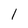
Character: 1